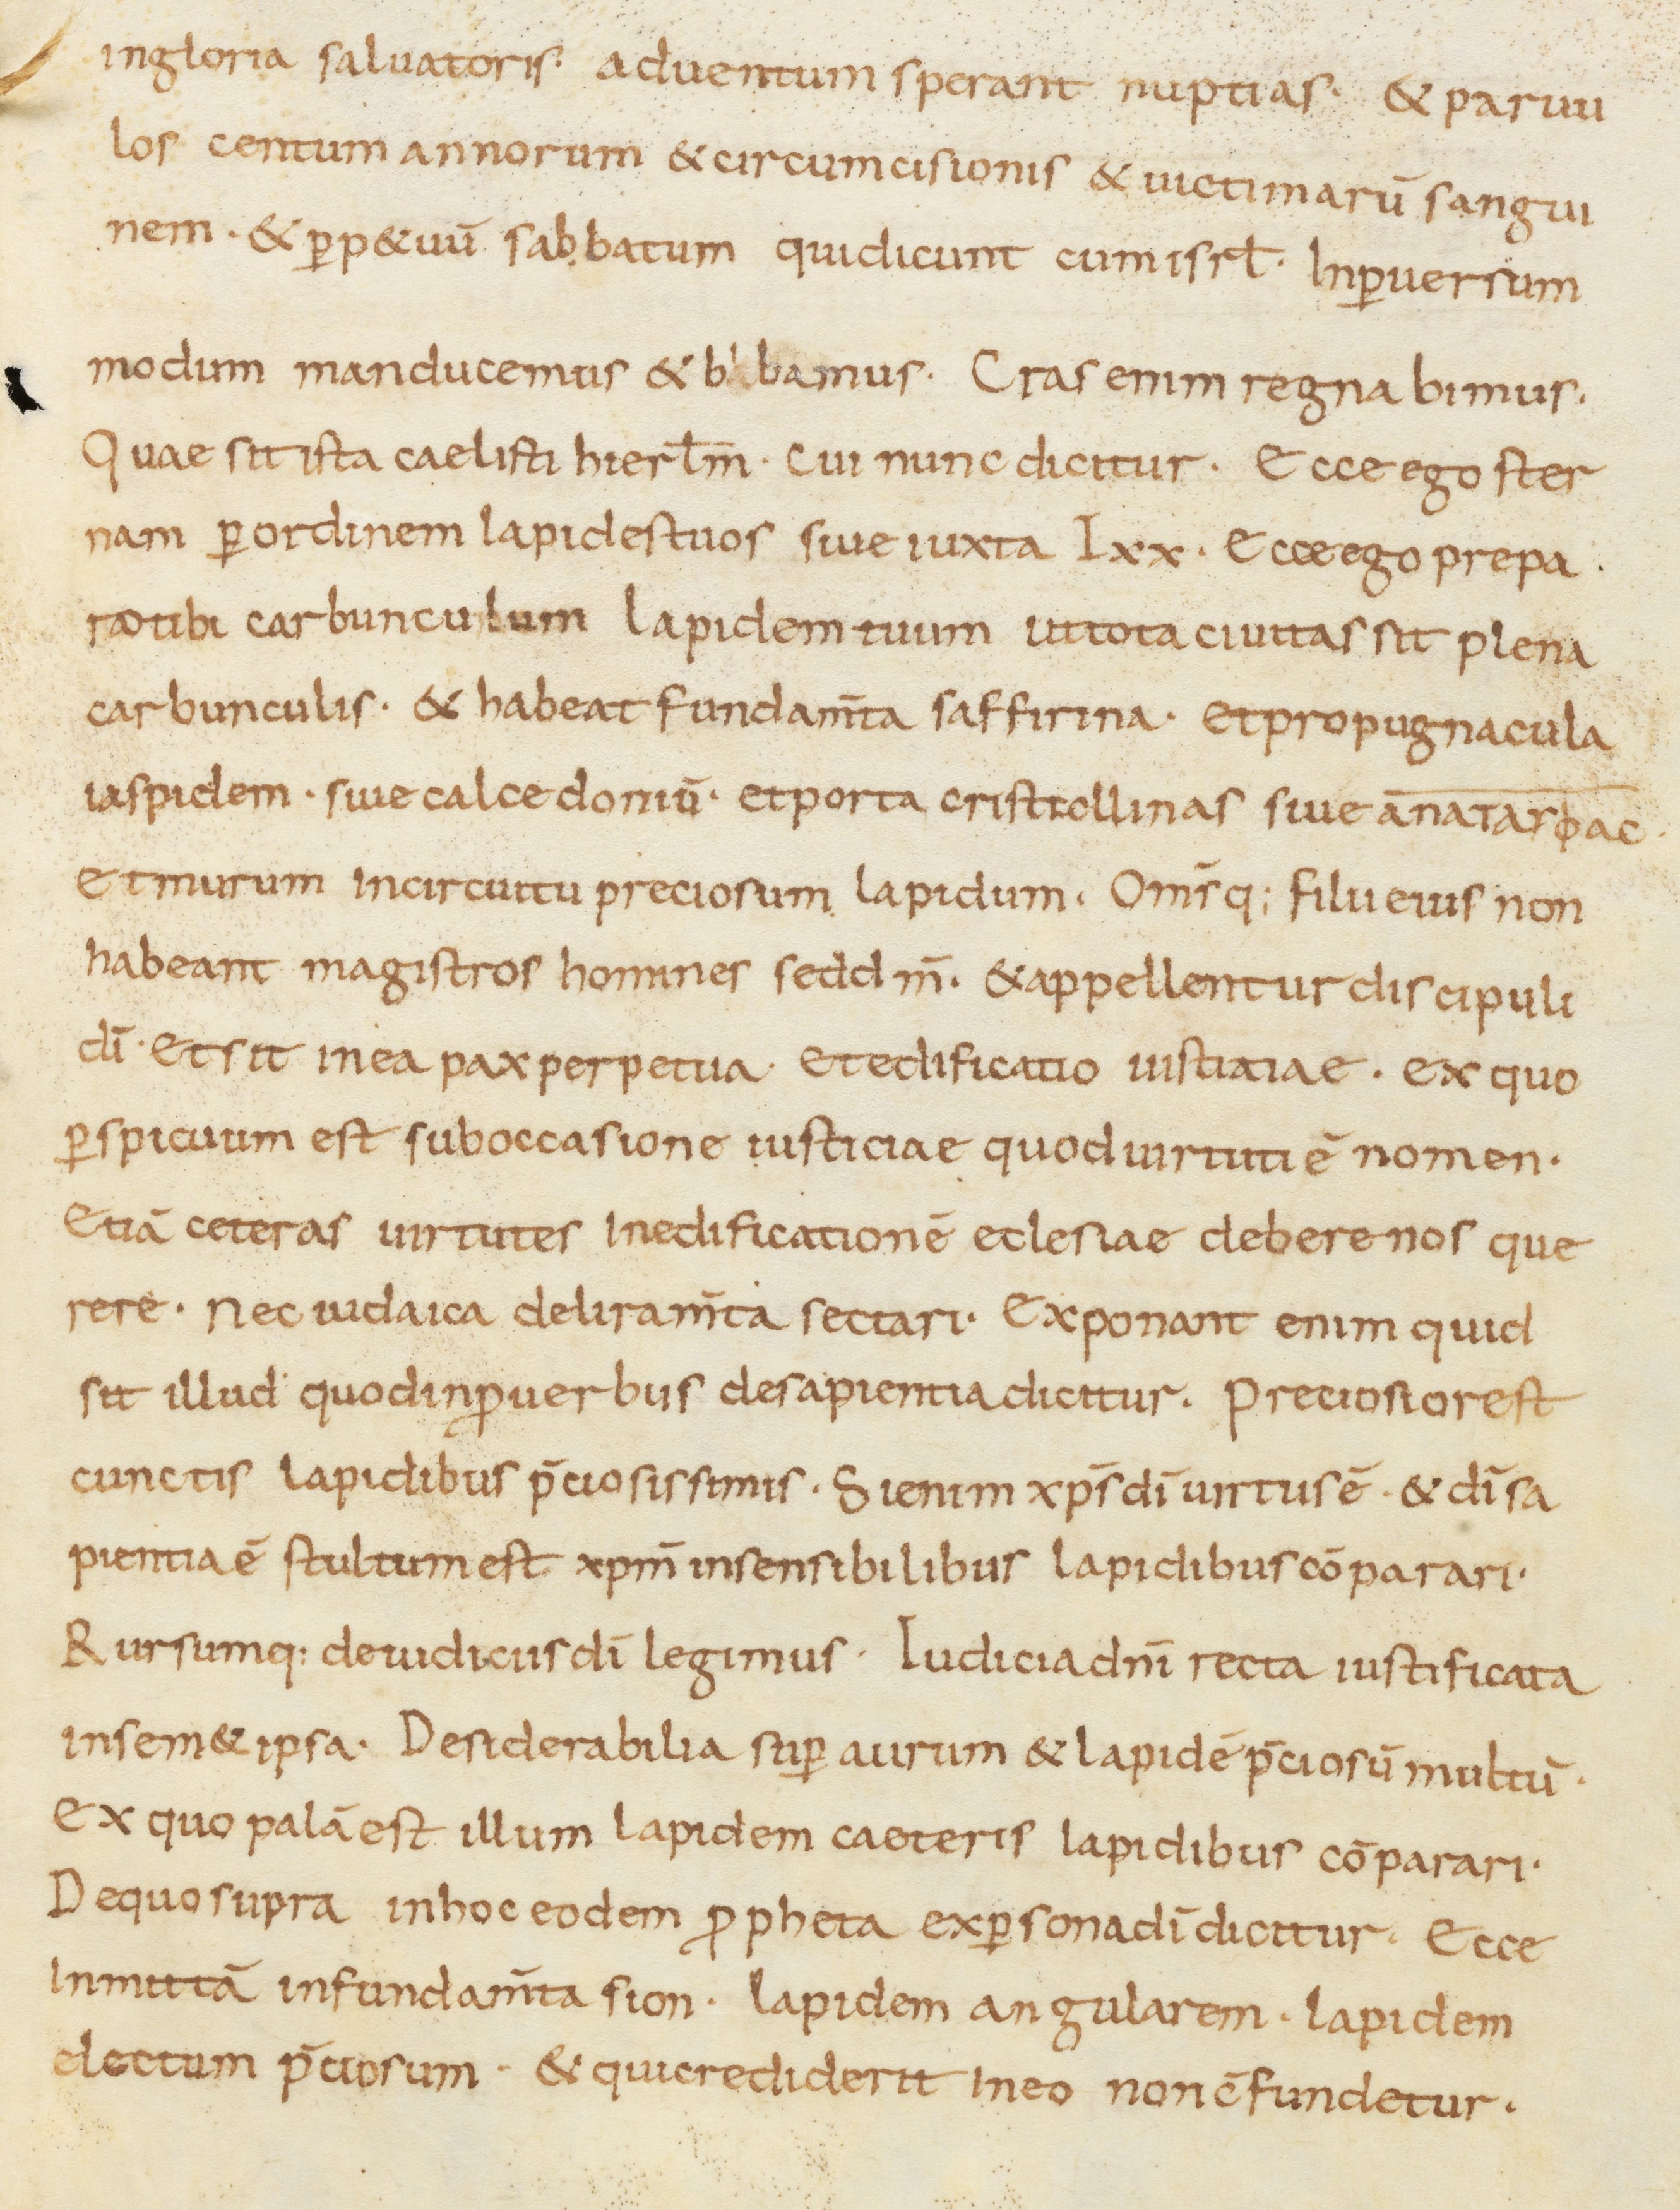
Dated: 800–899